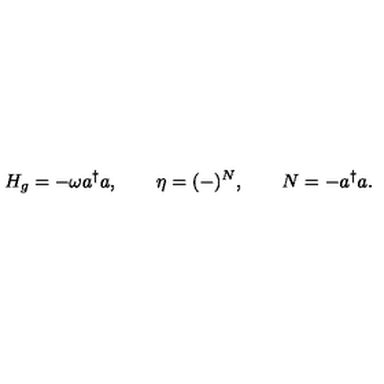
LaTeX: H _ { g } = - \omega a ^ { \dagger } a , \qquad \eta = ( - ) ^ { N } , \qquad N = - a ^ { \dagger } a .